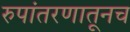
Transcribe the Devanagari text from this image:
रुपांतरणातूनच